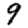
Digit: 9